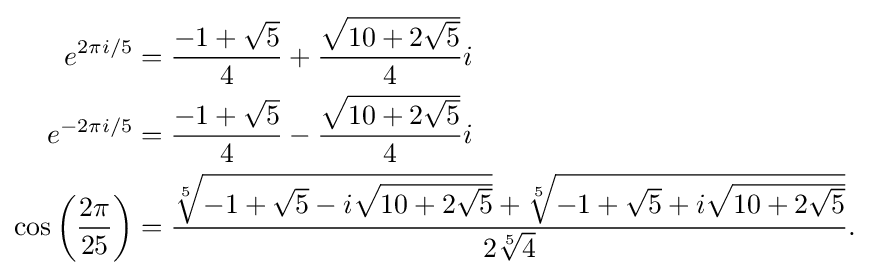
{\begin{aligned}e^{2\pi i/5}&={\frac {-1+{\sqrt {5}}}{4}}+{\frac {\sqrt {10+2{\sqrt {5}}}}{4}}i\\e^{-2\pi i/5}&={\frac {-1+{\sqrt {5}}}{4}}-{\frac {\sqrt {10+2{\sqrt {5}}}}{4}}i\\\cos \left({\frac {2\pi }{25}}\right)&={\frac {{\sqrt[{5}]{-1+{\sqrt {5}}-i{\sqrt {10+2{\sqrt {5}}}}}}+{\sqrt[{5}]{-1+{\sqrt {5}}+i{\sqrt {10+2{\sqrt {5}}}}}}}{2{\sqrt[{5}]{4}}}}.\end{aligned}}